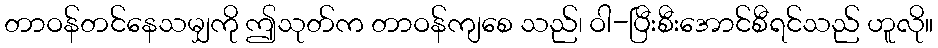
တာဝန်တင်နေသမျှကို ဤသုတ်က တာဝန်ကျစေ သည်၊ ဝါ-ပြီးစီးအောင်စီရင်သည် ဟူလို။